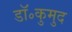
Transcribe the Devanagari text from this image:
डॉ॰कुमुद